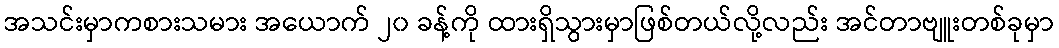
အသင်းမှာကစားသမား အယောက် ၂၀ ခန့်ကို ထားရှိသွားမှာဖြစ်တယ်လို့လည်း အင်တာဗျူးတစ်ခုမှာ